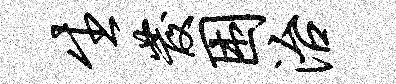
生发困治